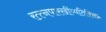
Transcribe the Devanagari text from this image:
रत्त्‍नपारखींव्यतिरिक्त